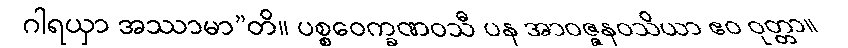
ဂါရယှာ အဿာမာ”တိ။ ပစ္စဝေက္ခဏဝသီ ပန အာဝဇ္ဇနဝသိယာ ဧဝ ဝုတ္တာ။